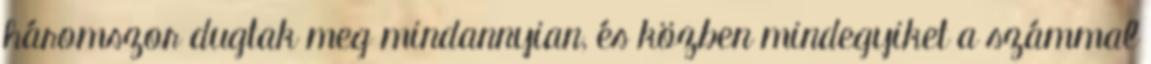
háromszor dugtak meg mindannyian, és közben mindegyiket a számmal